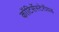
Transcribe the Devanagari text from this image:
कॉटिर्सेस्टेरॉयड